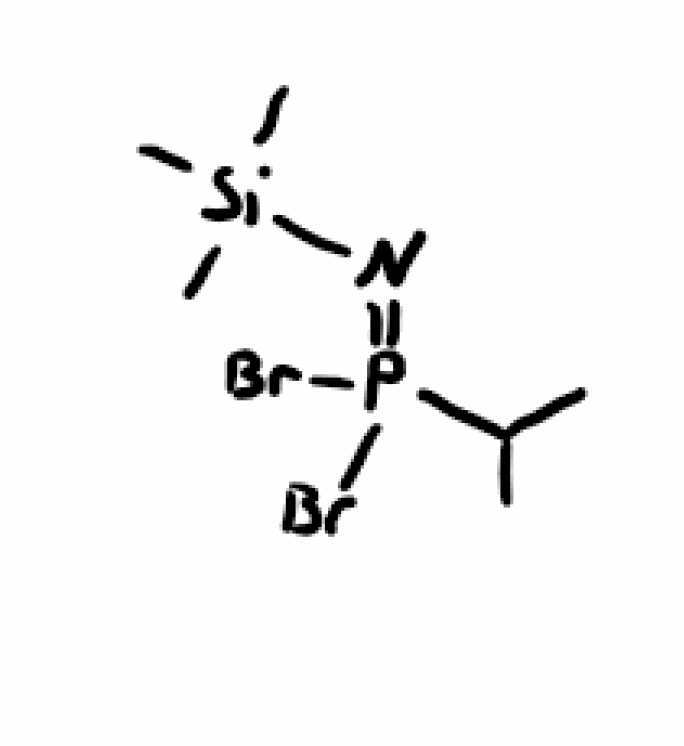
Simplified molecular-input line-entry system (SMILES) notation of the given molecule:
CC(C)P(=N[Si](C)(C)C)(Br)Br